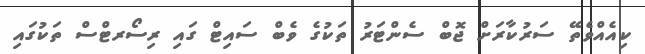
ކިއެއްވެތޭ ސަރުކާރަށް ޖޮބް ސެންޓަރު ތަކުގެ ވެބް ސައިޓް ގައި ރިސޯރޓްސް ތަކުގައި